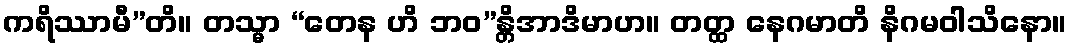
ကရိဿာမီ”တိ။ တသ္မာ “တေန ဟိ ဘဝ”န္တိအာဒိမာဟ။ တတ္ထ နေဂမာတိ နိဂမဝါသိနော။